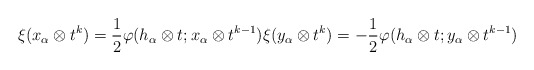
\begin{align*}\xi (x_\alpha \otimes t^k) = \frac 1 2 \varphi(h_\alpha \otimes t; x_\alpha \otimes t^{k-1}) \xi (y_\alpha \otimes t^k) = -\frac 1 2 \varphi(h_\alpha \otimes t; y_\alpha \otimes t^{k-1})\end{align*}